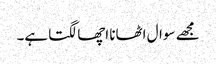
مجھے سوال اٹھانا اچھا لگتا ہے۔